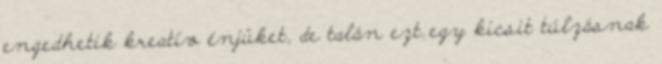
engedhetik kreatív énjüket, de talán ezt egy kicsit túlzásnak